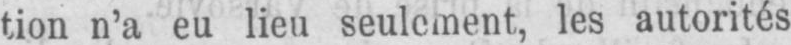
tion n’a eu lieu seulement, les autorités